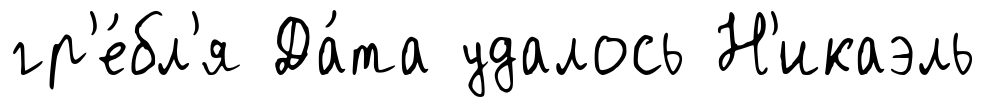
гр'е́бл'я Да́та удалось Н'икаэль